Report of the Municipal Commissioner on the plague in Bombay for the year ending 31st May... - Volume 1
Disease focus: Plague
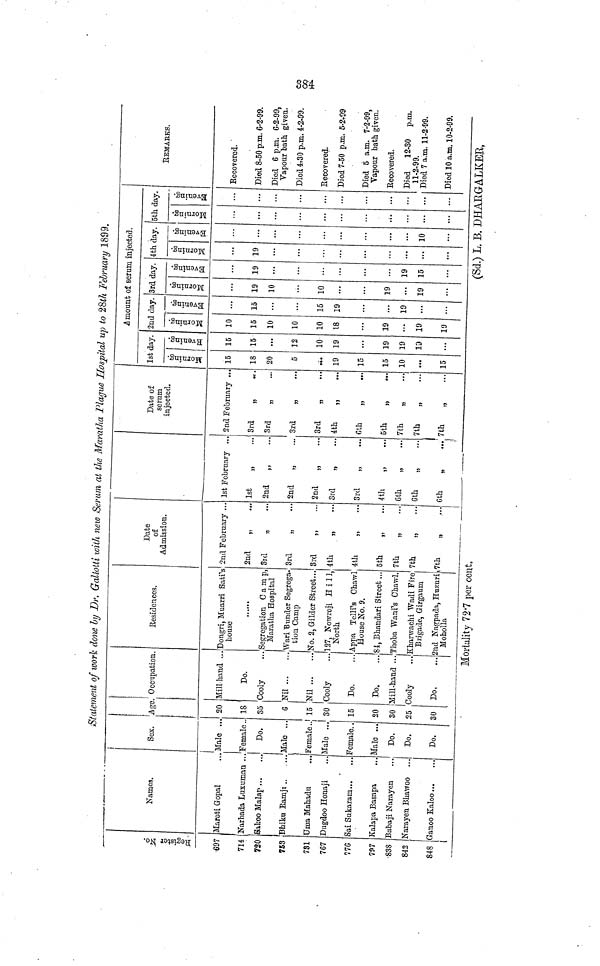
384
'Statement ofivork done by Dr. Galiotti with new Serum at the Maratha Plague Hospital up to 28th February 1899.
Mortality 72'7 per cent.
(Sd.) L. B. DHARG ALKER,
Register No
697
714
720
758
781
767
?7G
797
838
842
848
1
Names.
Maroti Gopal
Narbada Luxuma
Sakoo Malap ...
Bbika Eamji ..
Unía Mahadu
Dugdoo Honaji
Sai Sukaram...
Kalapa Basapa
ßabaji Narayen
tfarayen Bhawoo
Ganoo Kaloo ...
...
n ...
....
...
...
...
...
...
...
...
!
Sex.
Male ...
Teníale ..
Do.
Male ...
Female ..
Male ...
Female. .
Male ...
Do.
Do.
Do.
-Age.
20
18
85
G
u
30
15
20
80
35
30
Occupation.
Mill hand ..
Do.
Cooly
Nil
Nil
Cooly
Do.
Do.
Mill-hand ..
Cooly
Do,
Eesidences.
. Dongri, Muarri Satrs
house
. Segregation Camp,
Maratha Hospital
. Wari Bunder Segrega-
tion Camp
.No. 2, Gilder Street...
J127, Nowroji Hill,
North
. Appa Tclli's Chawl
House No. 9.
. 81, Bhandari Street ...
.Thoba Wani's Chawl.
'Kharwachi Wadi Fire
Brigade, Girgaum
2nd Nagpada, Huzuri
Moholla
Date
of
Admission.
2nd February ...
2nd
„
Bid
3rd
„
3rd
„
4th
„
4th
6th
„
7th
„
7th
7th
„
1st February ...
1st
„
2nd
„
2nd
„
2nd
„
...
3rd
„
3rd
„
4th
„
6th
„
Cth
„
Cth
„
Date of
sernm
injected.
2nd February ..
3rd
„
3rd
„
3rd
„
3rd
„
4th
„
fith „
6th
„
7th
„
7th
„
7th
„
1st day.
Morning.
. 15
. 18
20
. 5
. .¿.
. 19
. 15
. 15
. 10
. 15
Evening.
15
15
...
12
10
19
19
19
19
amount of serum injected.
2nd day.
Morning. I
10
15
10
10
10
18
19
...
19
19
Evening. 1
15
...
15
19
...
19
...
3rd day.
Morning.
19
10
10
19
...
19
Evening.
19
19
15
tth day.
Morning.
19
...
Evening, j
...
10
5th day.
Morning.
...
...
Evening. 1
...
...
EEMABKS.
Eecovered.
Died 8-50 p.m. 6-2-99.
Died 6 p.m. C-2-99,
Vapour bath given.
Died 4r30 p.m. 4-2-99.
Eecovered.
Died 7-50 p.m. 5-2*99
Died 5 a.m. 7-2-99,
Vapour bath given.
Eecovered.
Died 12-30 p.m.
11-2-99.
Died 7 a.m. 11-2-99.
Died 10 a.m. 10-2-99.